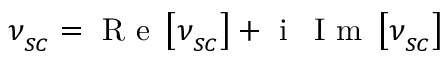
\nu _ { _ { S C } } = \mathrm { ~ R ~ e ~ } \left[ \nu _ { _ { S C } } \right] + \mathrm { ~ i ~ } \, \mathrm { ~ I ~ m ~ } \left[ \nu _ { _ { S C } } \right]